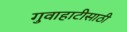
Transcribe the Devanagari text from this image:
गुवाहाटीसाठी